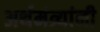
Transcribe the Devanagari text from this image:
अर्थमंत्र्यांनी